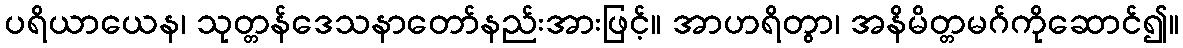
ပရိယာယေန၊ သုတ္တန်ဒေသနာတော်နည်းအားဖြင့်။ အာဟရိတွာ၊ အနိမိတ္တမဂ်ကိုဆောင်၍။